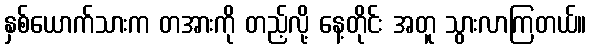
နှစ်ယောက်သားက တအားကို တည့်လို့ နေ့တိုင်း အတူ သွားလာကြတယ်။